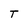
Character: T